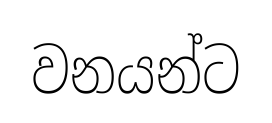
වනයන්ට